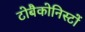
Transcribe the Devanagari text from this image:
टोबैकोनिस्टों